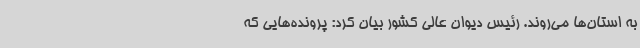
به استان‌ها می‌روند. رئیس دیوان عالی کشور بیان کرد: پرونده‌هایی که